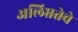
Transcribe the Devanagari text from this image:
अलिप्ततेचे